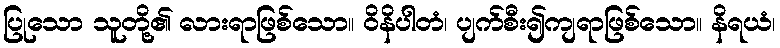
ပြုသော သူတို့၏ လားရာဖြစ်သော။ ဝိနိပါတံ၊ ပျက်စီး၍ကျရာဖြစ်သော။ နိရယံ၊